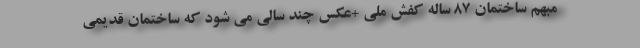
مبهم ساختمان ۸۷ ساله کفش ملی +عکس چند سالی می شود که ساختمان قدیمی